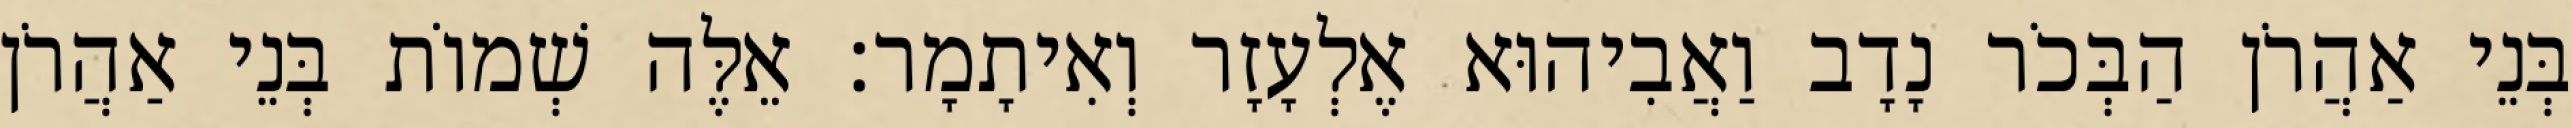
בְּנֵי אַהֲרֹן הַבְּכֹר נָדָב וַאֲבִיהוּא אֶלְעָזָר וְאִיתָמָר׃ אֵלֶּה שְׁמוֹת בְּנֵי אַהֲרֹן